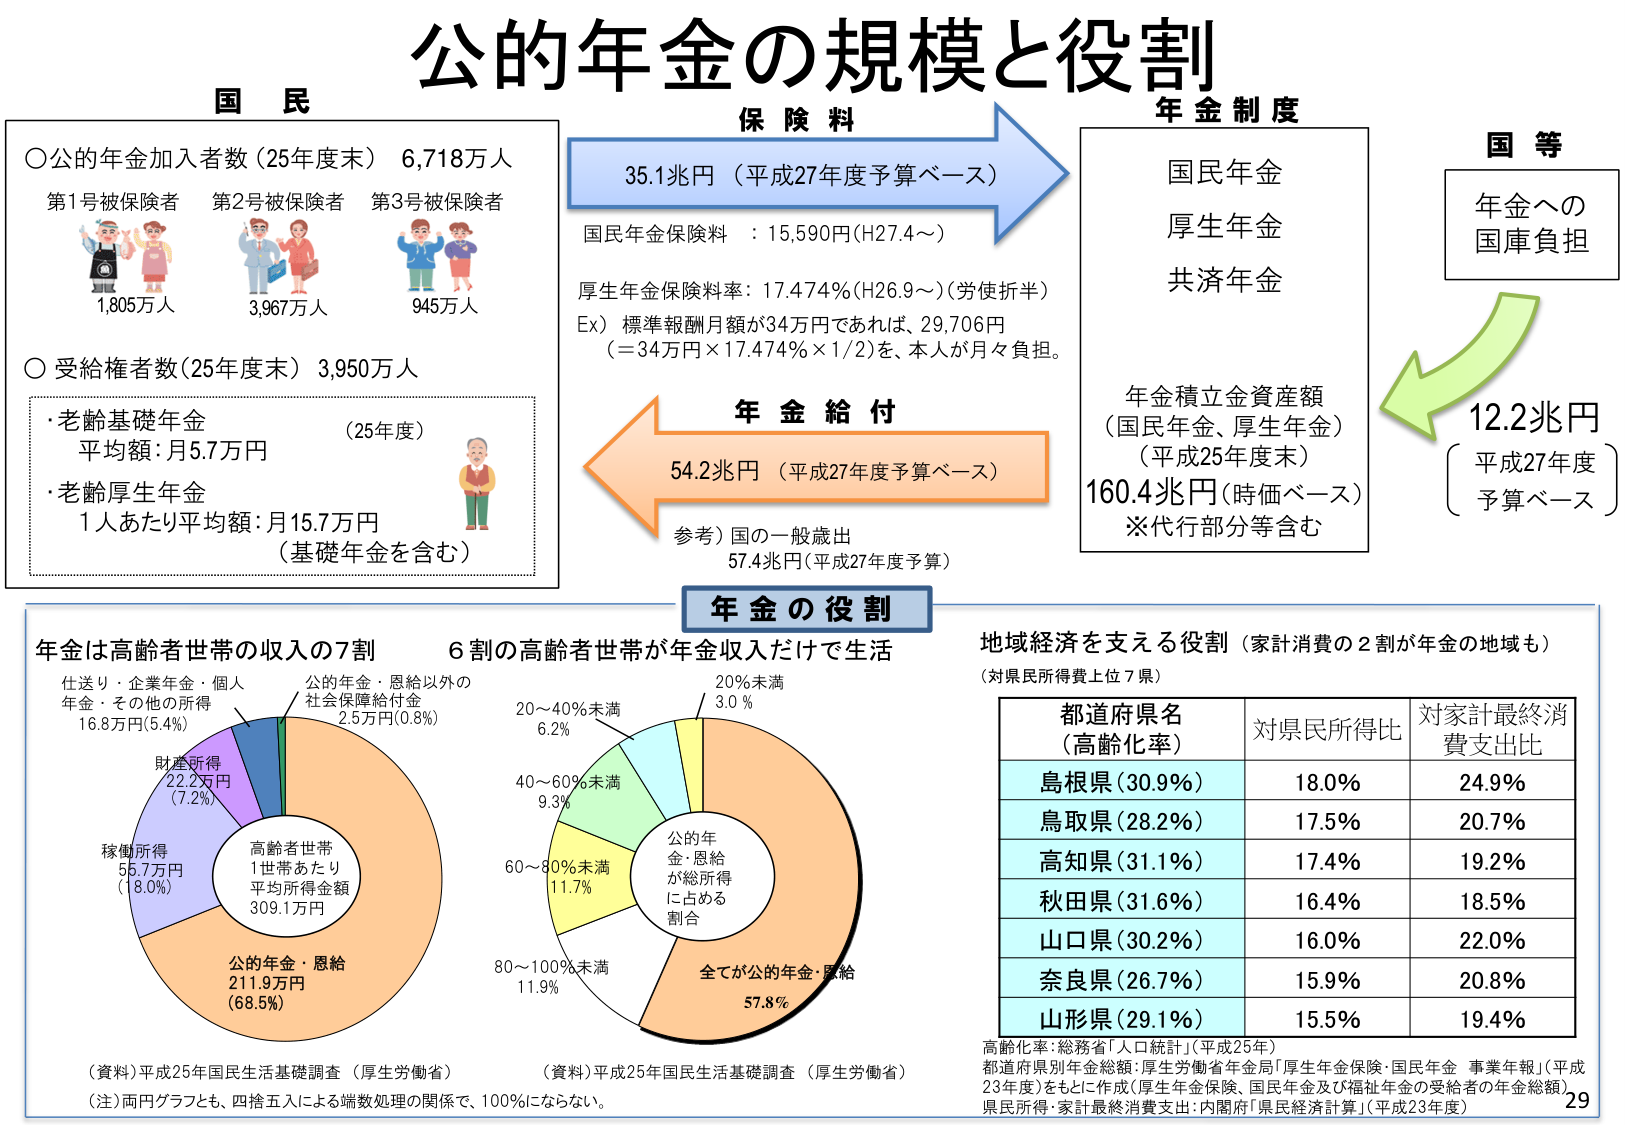
公的年金の規模と役割

国 民
○公的年金加入者数（25年度末） 6,718万人
第1号被保険者 第2号被保険者 第3号被保険者
1,805万人 3,967万人 945万人
○受給権者数（25年度末） 3,950万人
・老齢基礎年金 （25年度）
平均額：月5.7万円
・老齢厚生年金
1人あたり平均額：月15.7万円
（基礎年金を含む）

保険料
35.1兆円（平成27年度予算ベース）
国民年金保険料 ：15,590円（H27.4～）
厚生年金保険料率：17.474％（H26.9～）（労使折半）
Ex）標準報酬月額が34万円であれば、29,706円
（＝34万円×17.474％×1/2）を、本人が月々負担。

年金制度
国民年金
厚生年金
共済年金
年金積立金資産額
（国民年金、厚生年金）
（平成25年度末）
160.4兆円（時価ベース）
※代行部分等含む

国 等
年金への
国庫負担
12.2兆円
（平成27年度
予算ベース）

年金給付
54.2兆円（平成27年度予算ベース）
参考）国の一般歳出
57.4兆円（平成27年度予算）

年金の役割

年金は高齢者世帯の収入の7割
仕送り・企業年金・個人
年金・その他の所得
16.8万円（5.4％）
財産所得
22.2万円
（7.2％）
稼働所得
55.7万円
（18.0％）
公的年金・恩給
211.9万円
（68.5％）
高齢者世帯
1世帯あたり
平均所得金額
309.1万円
（資料）平成25年国民生活基礎調査（厚生労働省）

6割の高齢者世帯が年金収入だけで生活
20～40％未満
6.2％
40～60％未満
9.3％
60～80％未満
11.7％
80～100％未満
11.9％
20％未満
3.0％
公的年金・恩給
が総所得
に占める
割合
全てが公的年金・恩給
57.8％
（資料）平成25年国民生活基礎調査（厚生労働省）
（注）両円グラフとも、四捨五入による端数処理の関係で、100％にならない。

地域経済を支える役割（家計消費の2割が年金の地域も）
（対県民所得費上位7県）
都道府県名
（高齢化率）
対県民所得比
対家計最終消費支出比
島根県（30.9％）
18.0％
24.9％
鳥取県（28.2％）
17.5％
20.7％
高知県（31.1％）
17.4％
19.2％
秋田県（31.6％）
16.4％
18.5％
山口県（30.2％）
16.0％
22.0％
奈良県（26.7％）
15.9％
20.8％
山形県（29.1％）
15.5％
19.4％
高齢化率：総務省「人口統計」（平成25年）
都道府県別年金総額：厚生労働省年金局「厚生年金保険・国民年金 事業年報」（平成23年度）をもとに作成（厚生年金保険、国民年金及び福祉年金の受給者の年金総額）
県民所得・家計最終消費支出：内閣府「県民経済計算」（平成23年度）

29